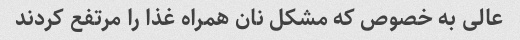
عالی به خصوص که مشکل نان همراه غذا را مرتفع کردند